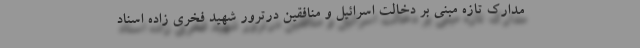
مدارک تازه مبنی بر دخالت اسرائیل و منافقین درترور شهید فخری زاده اسناد